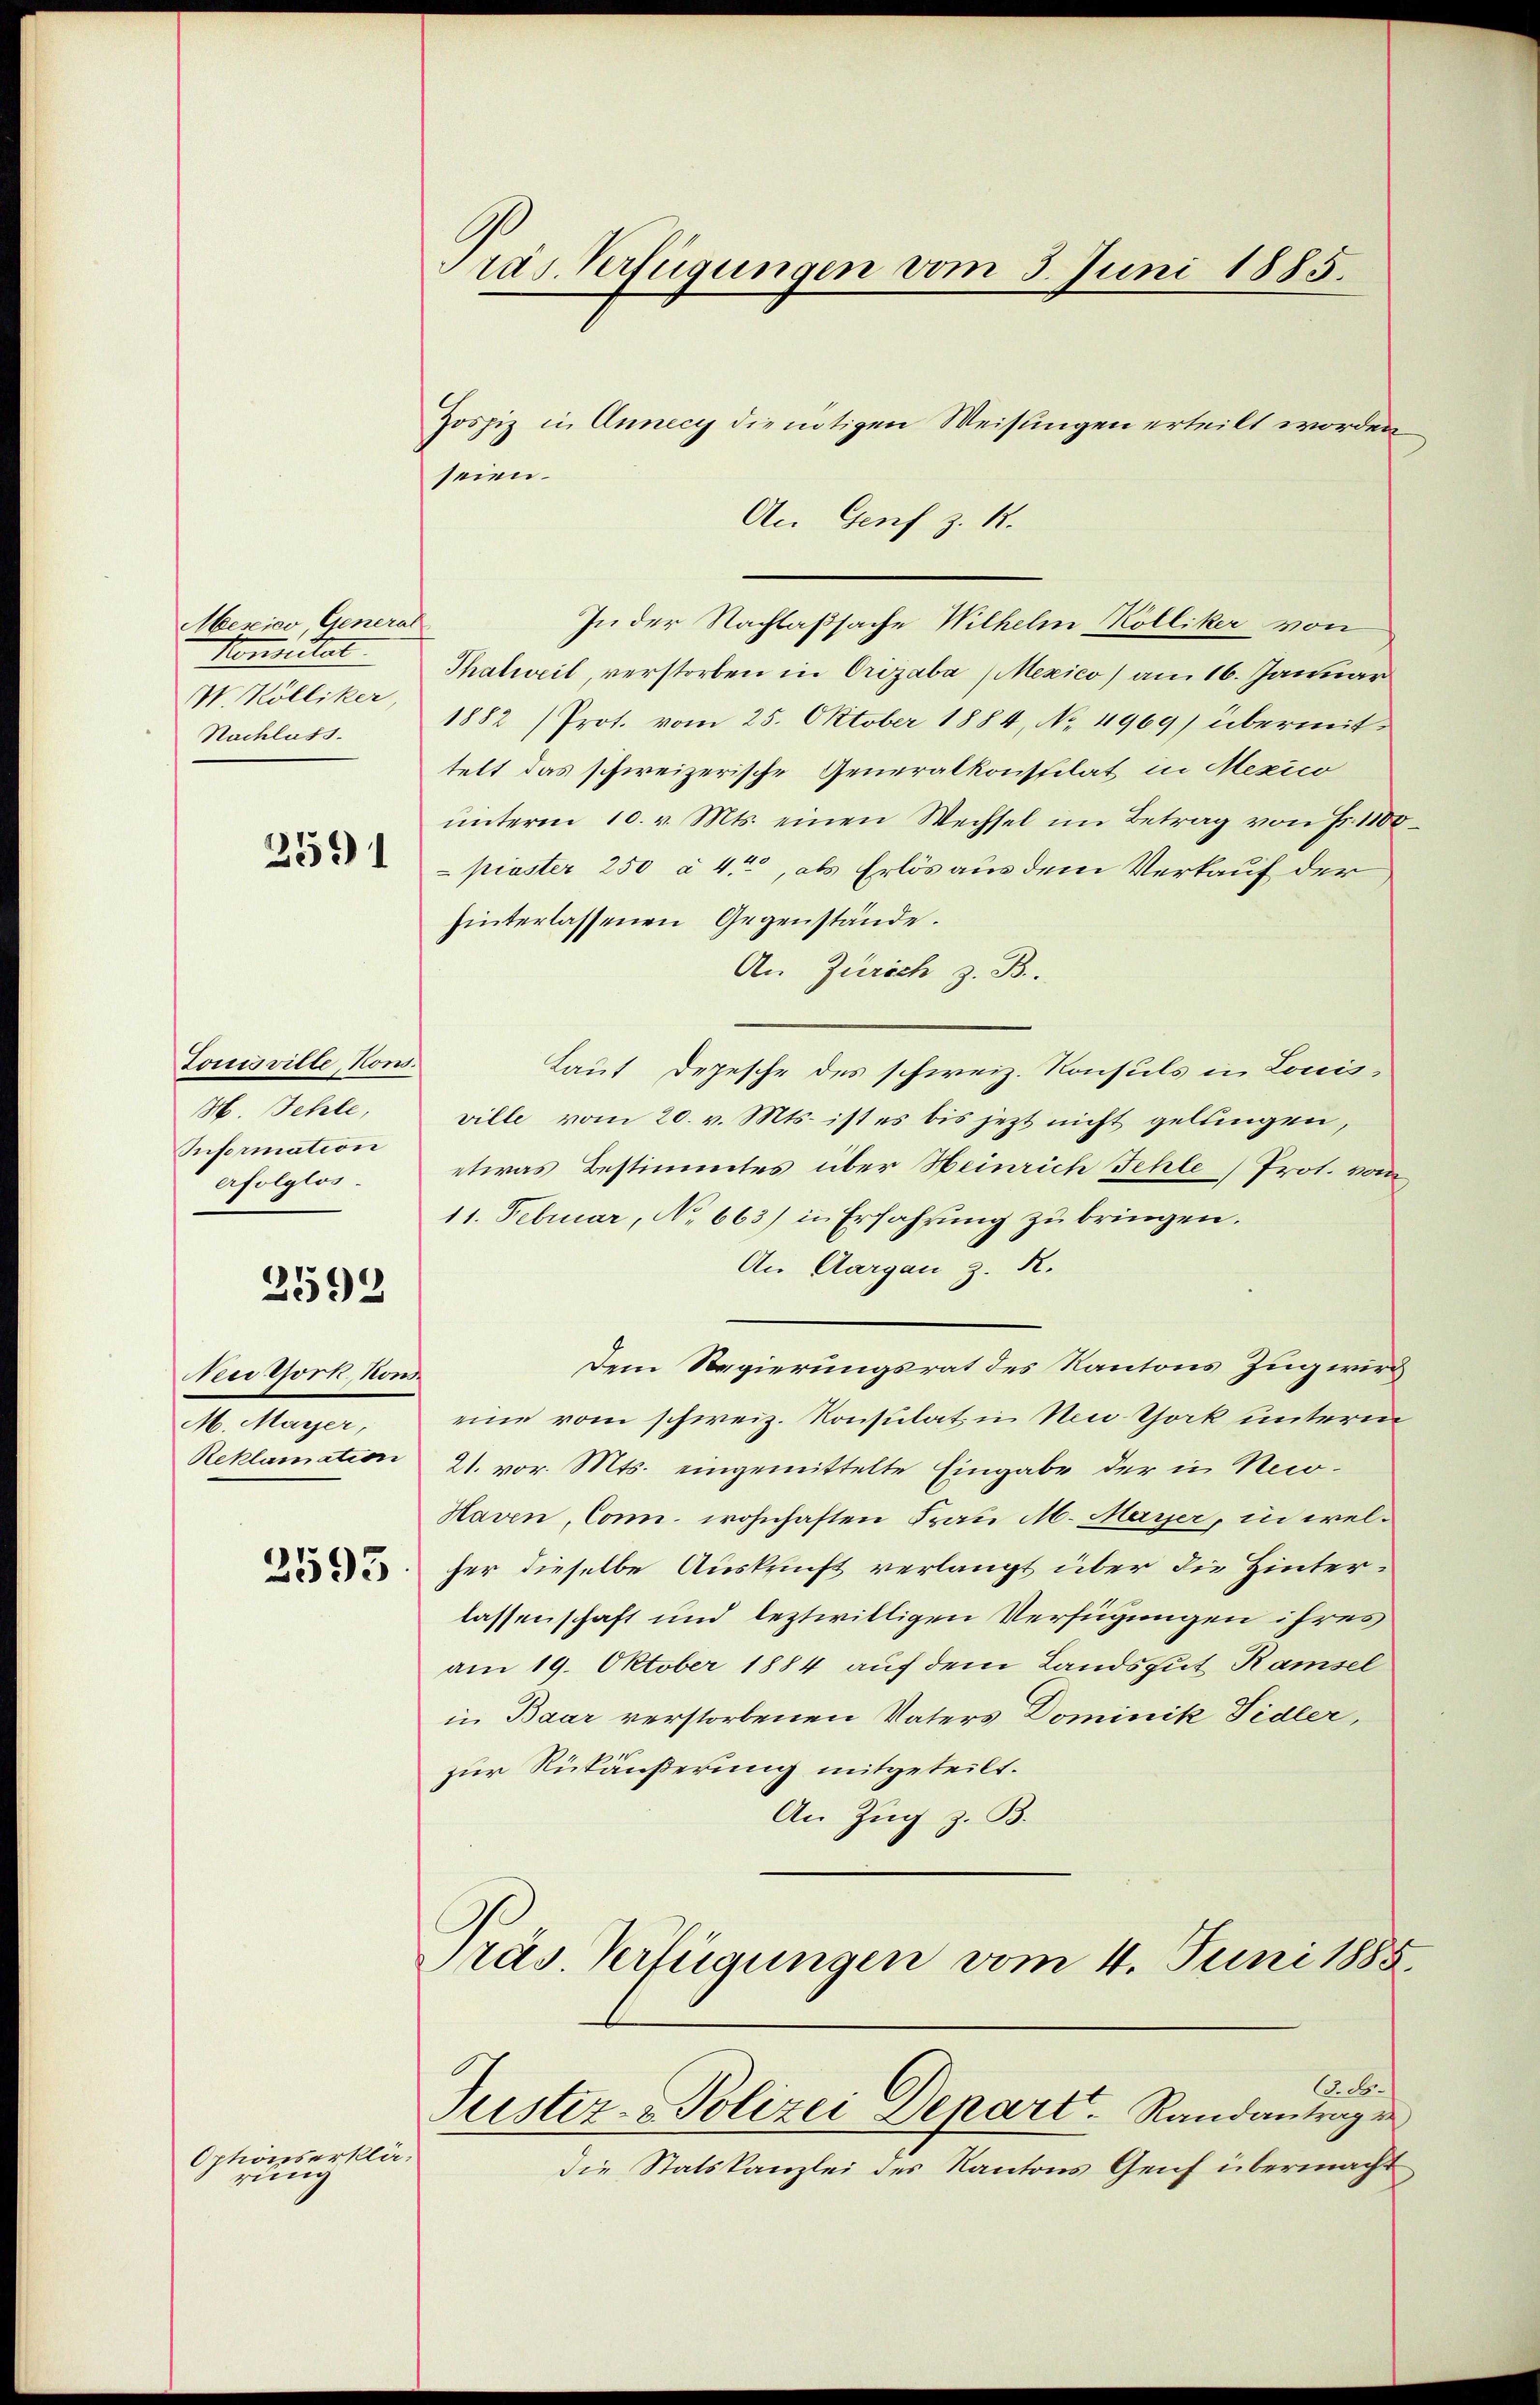
Mexico General
Konstat
W. Kölliker
Nachlass.

2591

Louisville, Kons.
H. Fehle,
Reformation
erfolglos.

2592

Neelsork, Kons
M. Mayer,
Reklamation

2595

Optionserklärung

Pras. Verfügungen vom 3. Juni 1885.

seien.
An Genf z. B.
Thalweil, verstorben in Orizaba (Mexico) am 16. Januar
1882 (Prot. vom 25. Oktober 1884, No. 4969) übermit
telt das schweizerische Generalkonstilat in Mexico
ŭnterm 10. v. Mts. einen Wechsel im Betrag von Fr. 1100
piester 250 à 4., als Erlös aus dem Verkauf der
hinterlassenen Gegenstände.
An Zürich z. B.
Laut Depesche des schweiz. Konsuls in Louis-
ville vom 20. v. Mts. ist es bis jetzt nicht gelangen,
etwas Bestimmtes über Heinrich Fehle Prot. vom
11. Februar, No 663) in Erfahrung zu bringen.
An Aargau d.
Dem Regierungsrat des Kantons Zug wird
eine vom schweiz. Konsulat in Um Thock unterm
21. vor. Mts. eingemittelte Eingabe der in No¬
Haven, Conn. wohnhaften Frau M. Mayer, in welher dieselbe Auskunft verlangt über die Hinterlassenschaft und leztwilligen Verfügungen ihres
am 19. Oktober 1884 auf dem Landsgut Ramsel
in Baar verstorbenen Vaters Dominik Tidler,
zur Rükäußerung mitgeteilt.
An Zug z. B.

Zospiz in Annecy die nötigen Weisungen erteilt worden

In der Nachlaßsache Wilhelm Kölliker von

Präs. Verfügungen vom 4. Juni 1885.
6. d.
Justiz-Polizei Depart. Randantragen

die Statskanzlei des Kantons Genf übermacht